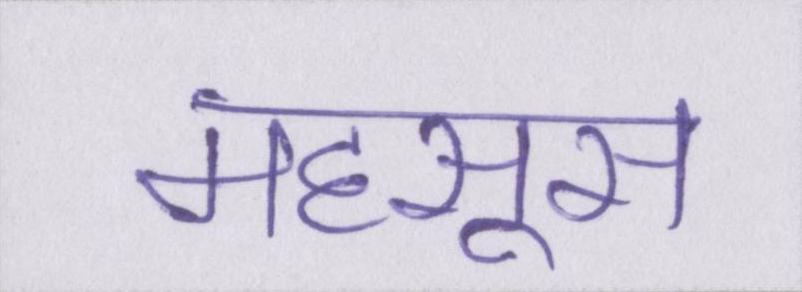
महसूस